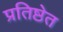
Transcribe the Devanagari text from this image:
प्रतिष्ठेत